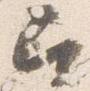
召